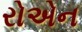
રોએન